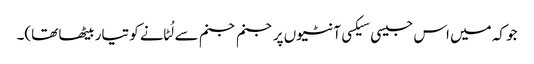
جو کہ میں اس جیسی سیکسی آنٹیوں پر جنم جنم سے لُٹانے کو تیار بیٹھا تھا)۔